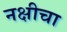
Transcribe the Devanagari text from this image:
नक्षीचा